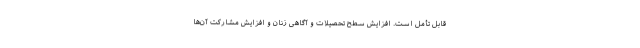
قابل تأمل است. افزایش سطح تحصیلات و آگاهی زنان و افزایش مشارکت آن‌ها